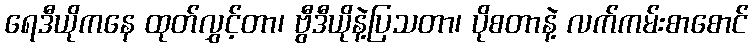
ရေဒီယိုကနေ ထုတ်လွှင့်တာ၊ ဗွီဒီယိုနဲ့ပြသတာ၊ ပိုစတာနဲ့ လက်ကမ်းစာစောင်